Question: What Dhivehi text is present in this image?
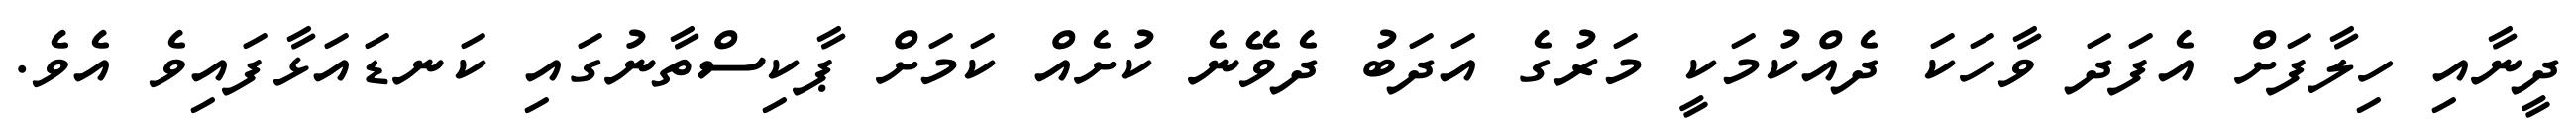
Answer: ދީނާއި ހިލާފަށް އެފަދަ ވާހަކަ ދެއްކުމަކީ މަރުގެ އަދަބު ދެވޭނެ ކުށެއް ކަމަށް ޕާކިސްތާނުގައި ކަނޑައަޅާފައިވެ އެވެ.